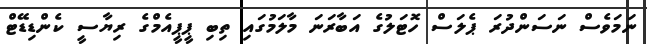
ނަމަވެސް ނަސަންދުރަ ޕެލަސް ހޮޓަލުގެ އަބާރަނަ މާލަމުގައި ތިބި ޕީޕީއެމްގެ ރިޔާސީ ކެންޑިޑޭޓް